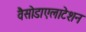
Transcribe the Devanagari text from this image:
वैसोडाएलाटेशन